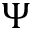
\Psi